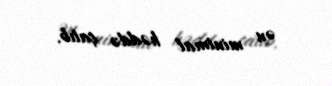
ən minimal həddə çatıb.